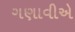
ગણાવીએ